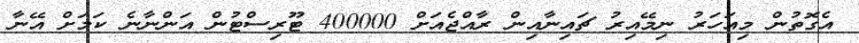
އެގޮތުން މިއަހަރު ނިމޭއިރު ޗައިނާއިން ރާއްޖެއަށް 400000 ޓޫރިސްޓުން އަންނާނެ ކަމަށް އޭނާ